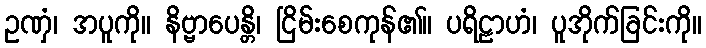
ဥဏှံ၊ အပူကို။ နိဗ္ဗာပေန္တိ၊ ငြိမ်းစေကုန်၏။ ပရိဠာဟံ၊ ပူအိုက်ခြင်းကို။